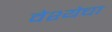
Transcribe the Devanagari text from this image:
वेश्येचा